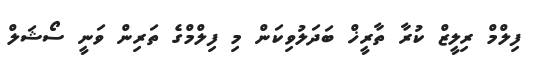
ފިލްމް ރިލީޒް ކުރާ ތާރީޚް ބަދަލުވިކަން މި ފިލްމްގެ ތަރިން ވަނީ ސޯޝަލް